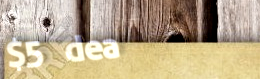
$5 deal